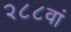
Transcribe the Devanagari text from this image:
२८८वां